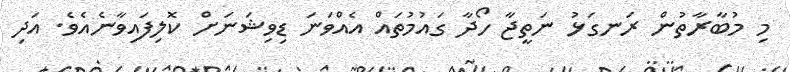
މި މުބާރާތުން ރަނގަޅު ނަތީޖާ ހޯދާ ގައުމުތައް އެއްވަނަ ޑިވިޝަނަށް ކޮލިފައިވާނެއެވެ. އަދި